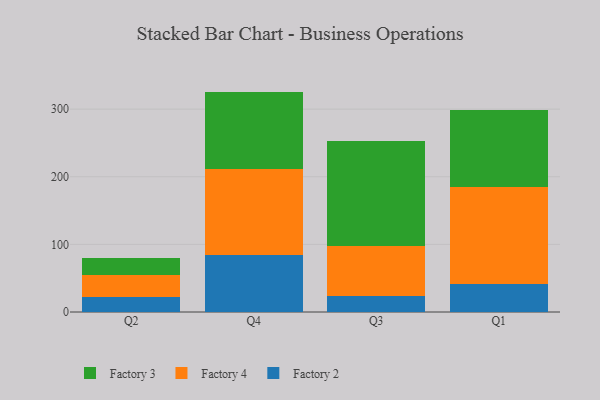
{"axis": {"x": "Quarter", "y": "Net Income (USD K)"}, "legend": ["Factory 2", "Factory 3", "Factory 4"], "data": [{"x": "Q2", "y": 22.6, "type": "Factory 2"}, {"x": "Q2", "y": 31.7, "type": "Factory 4"}, {"x": "Q2", "y": 26.1, "type": "Factory 3"}, {"x": "Q4", "y": 84.2, "type": "Factory 2"}, {"x": "Q4", "y": 127.8, "type": "Factory 4"}, {"x": "Q4", "y": 113.9, "type": "Factory 3"}, {"x": "Q3", "y": 23.3, "type": "Factory 2"}, {"x": "Q3", "y": 73.6, "type": "Factory 4"}, {"x": "Q3", "y": 156.6, "type": "Factory 3"}, {"x": "Q1", "y": 41.7, "type": "Factory 2"}, {"x": "Q1", "y": 143.6, "type": "Factory 4"}, {"x": "Q1", "y": 113.7, "type": "Factory 3"}]}